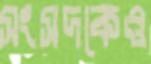
সংসদকেও